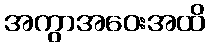
အကွာအဝေးအထိ